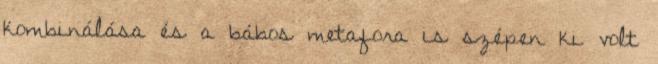
kombinálása és a bábos metafora is szépen ki volt